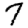
Digit: 7